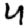
Digit: 4